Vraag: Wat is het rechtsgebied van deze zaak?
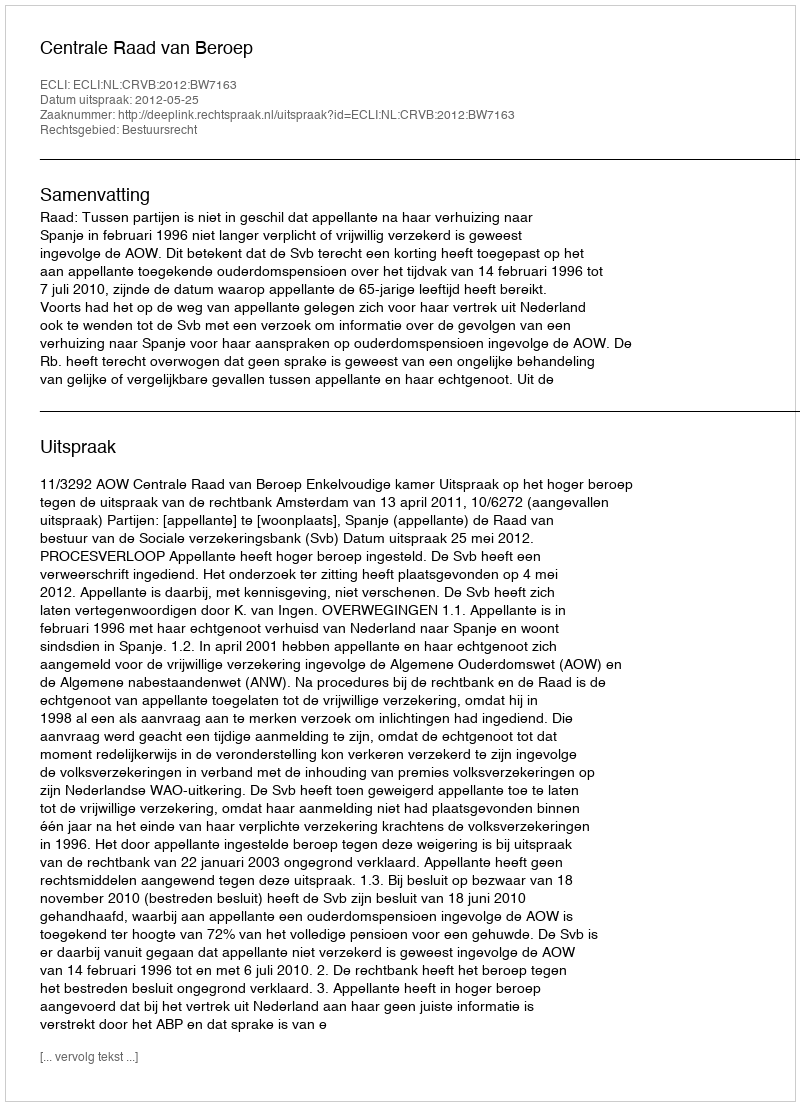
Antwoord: Bestuursrecht